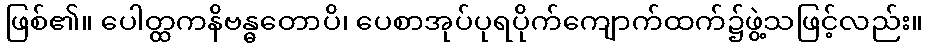
ဖြစ်၏။ ပေါတ္ထကနိဗန္ဓတောပိ၊ ပေစာအုပ်ပုရပိုက်ကျောက်ထက်၌ဖွဲ့သဖြင့်လည်း။